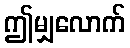
ဤမျှလောက်